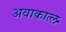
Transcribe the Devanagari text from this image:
अवाकात्ल